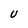
Character: U